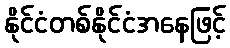
နိုင်ငံတစ်နိုင်ငံအနေဖြင့်